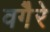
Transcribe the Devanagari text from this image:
वगैेरे